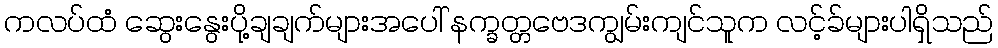
ကလပ်ထံ ဆွေးနွေးပို့ချချက်များအပေါ် နက္ခတ္တဗေဒကျွမ်းကျင်သူက လင့်ခ်များပါရှိသည်